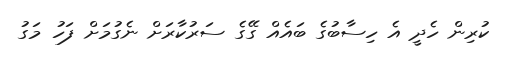
ކުރިން ހެދީ އެ ހިސާބުގެ ބައެއް ގޭގެ ސަރުކާރަށް ނެގުމަށް ފަހު މަގު